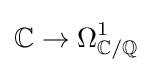
\mathbb {C} \to \Omega _{\mathbb {C} /\mathbb {Q} }^{1}